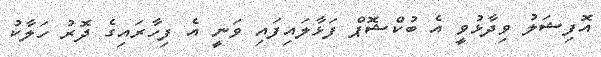
އޮފިޝަލު ވިދާޅުވީ އެ ބުކްޝޮޕް ފަޅާލައިފައި ވަނީ އެ ފިހާރައިގެ ދޮރު ހަލާކު